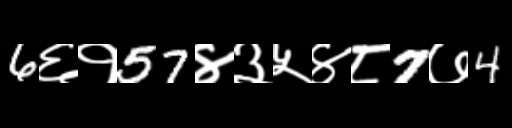
Text: 6६१57४३५४८7७4